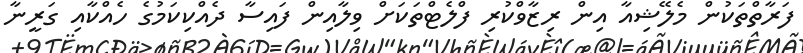
ފަރާތްތަކުން މެލޭޝިއާ އިން ރިޒާވްކުރި ފްލެޓްތަކަށް ވިލާއިން ފައިސާ ދެއްކިކަމުގެ ހެއްކާއި ގަރީނާ